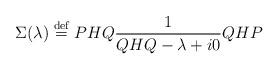
LaTeX: \begin{align*}\Sigma(\lambda)\stackrel{\rm def}{=}PHQ \frac{1}{QHQ - \lambda+i0}QHP\end{align*}